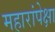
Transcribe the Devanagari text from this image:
महारांपेक्षा